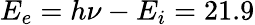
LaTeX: E_{e}=h\nu-E_{i}=21.9